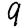
Digit: 9